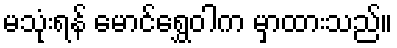
မသုံးရန် မောင်ရွှေဝါက မှာထားသည်။